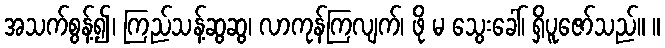
အသက်စွန့်၍၊ ကြည်သန့်ဆွဆွ၊ လာကုန်ကြလျက်၊ ဖို မ သွေးခေါ်၊ ရှိပူဇော်သည်။ ။